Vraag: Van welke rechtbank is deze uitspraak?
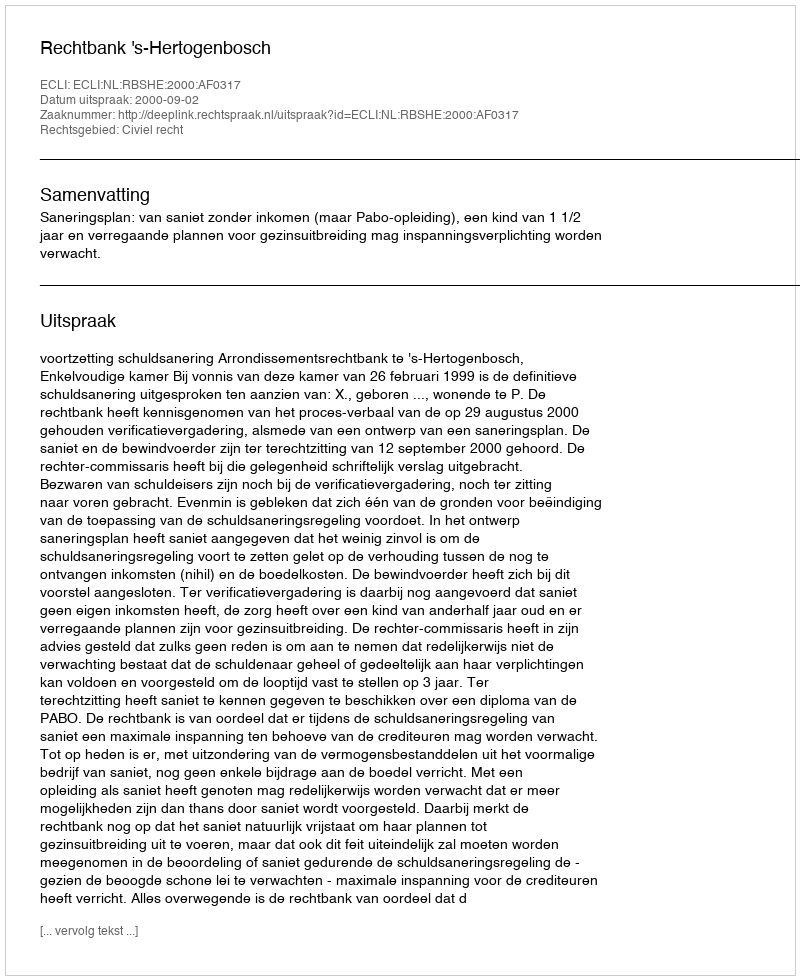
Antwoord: Rechtbank 's-Hertogenbosch